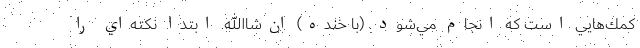
كمك‌هايي است كه انجام مي‌شود. (با خنده) ان‌شاالله. ابتدا نكته‌اي را